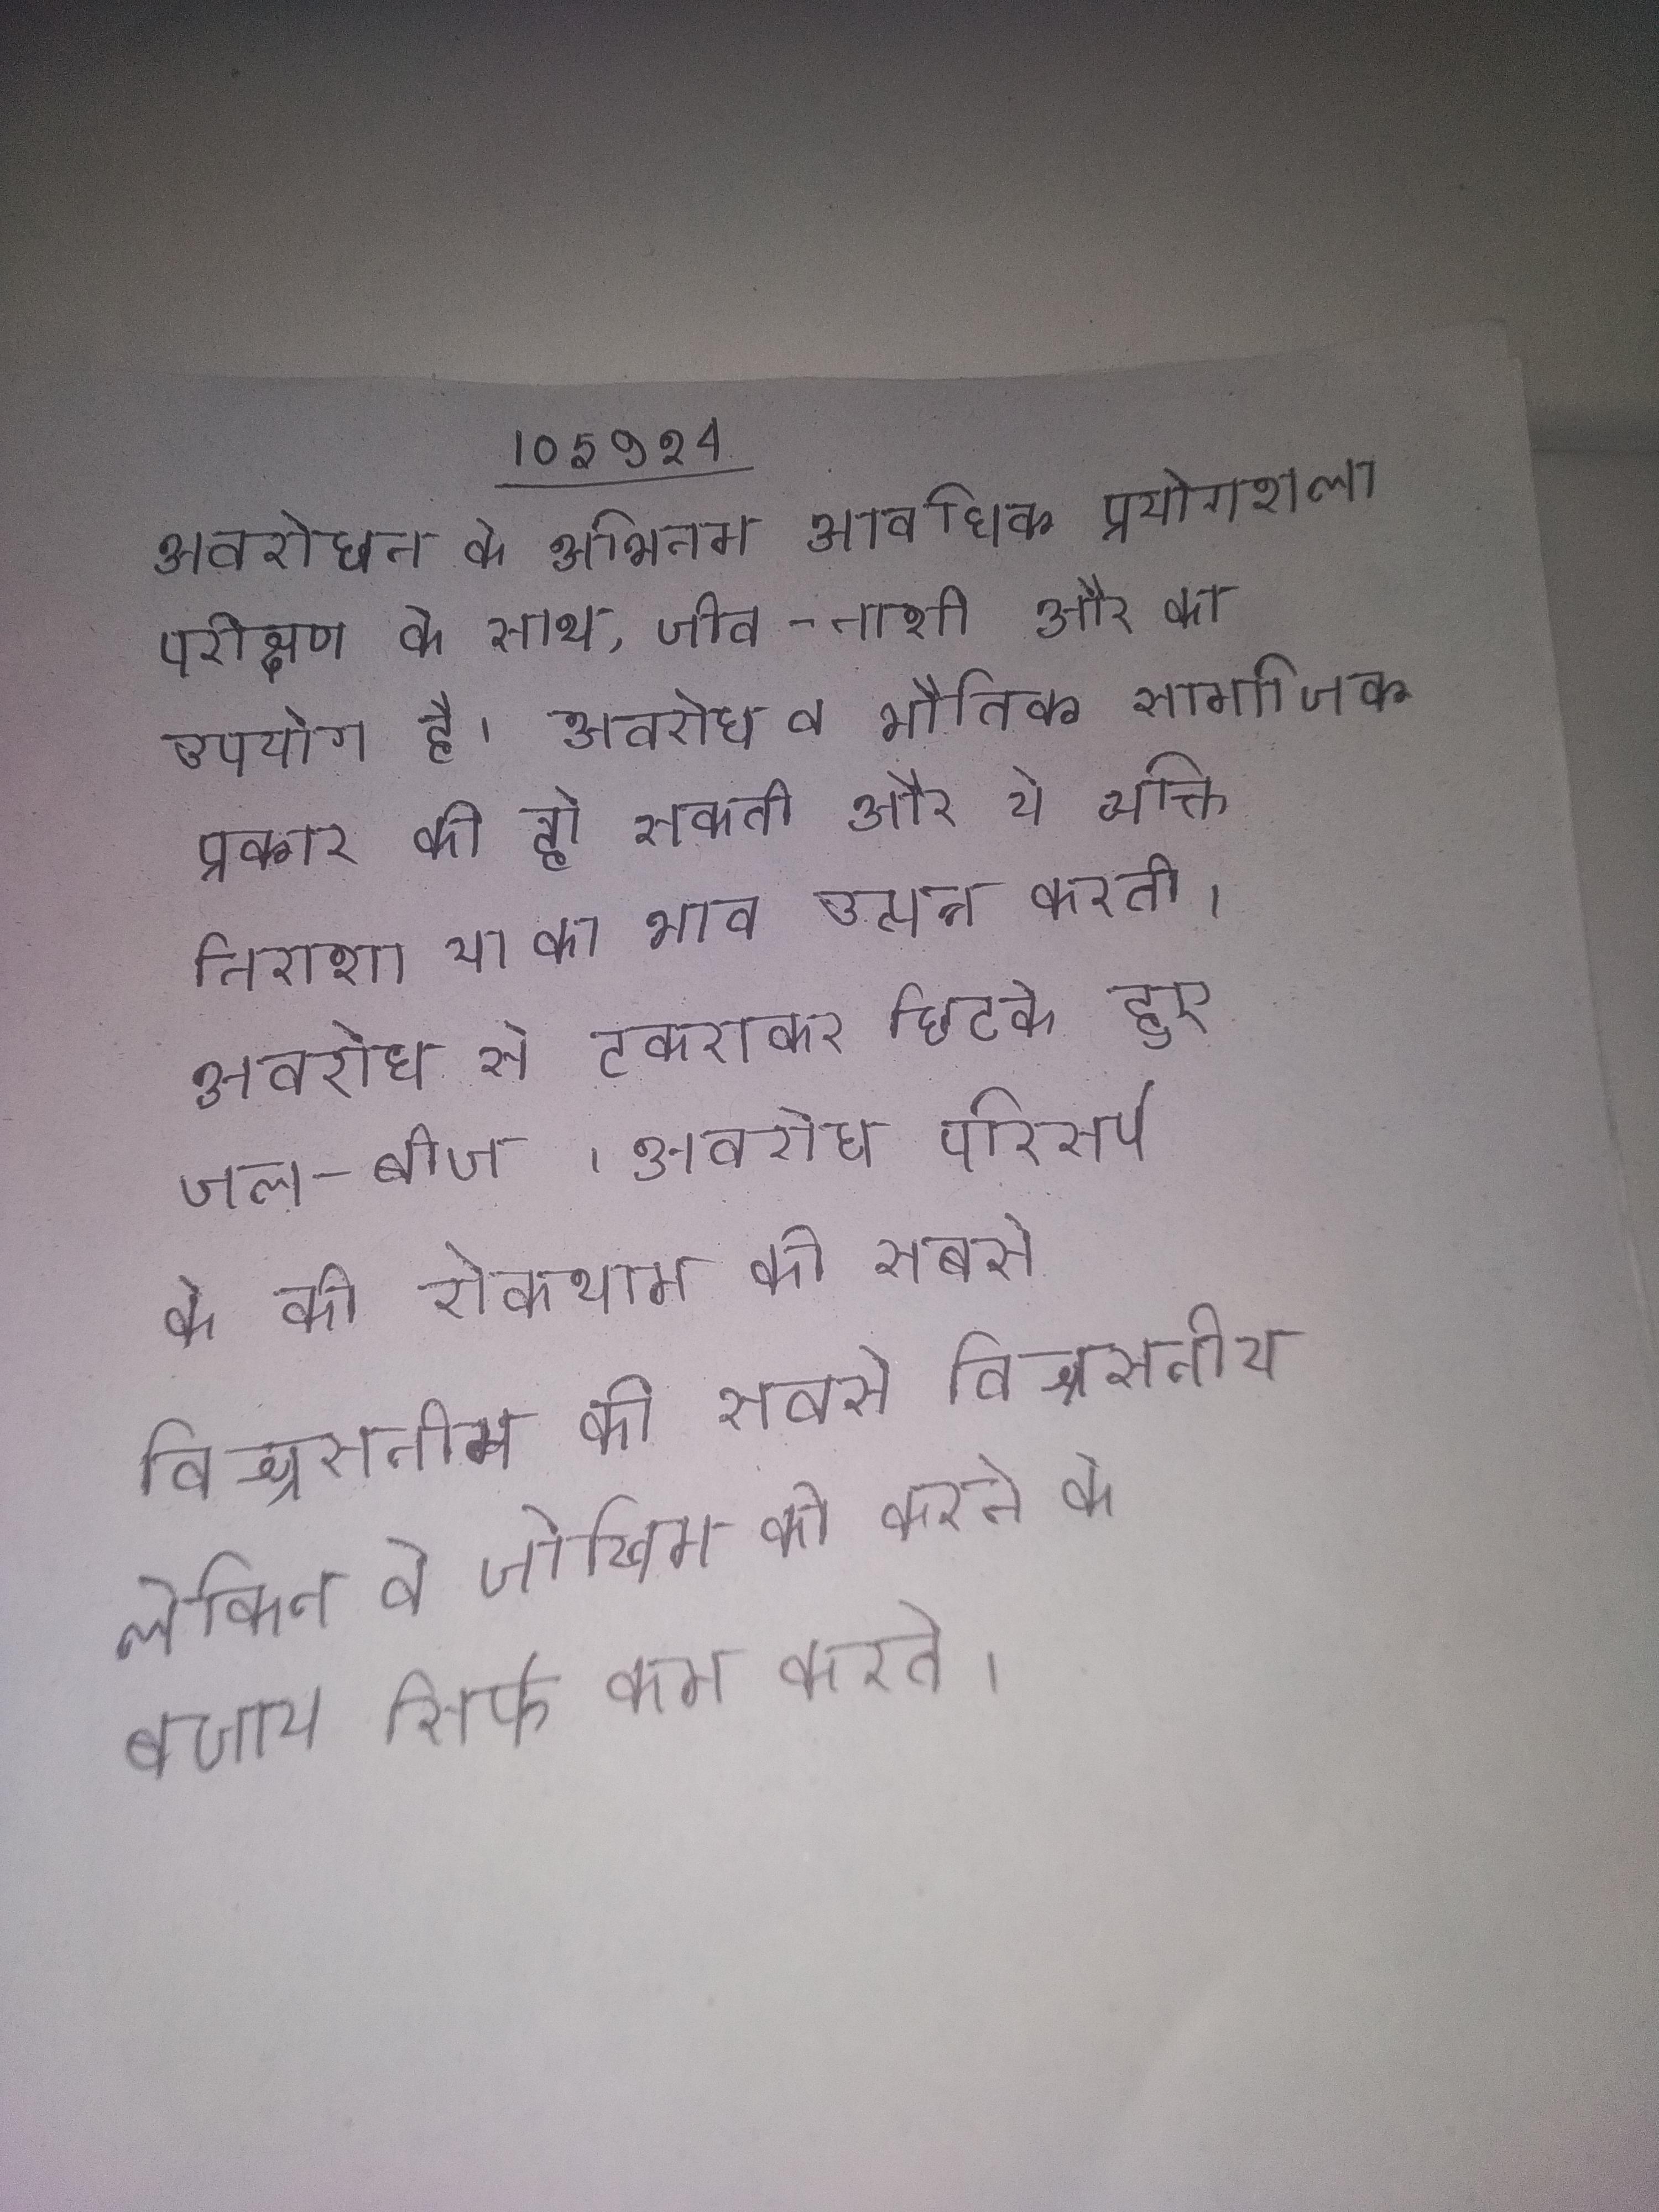
अवरोधन के अभिगम आवधिक प्रयोगशाला परीक्षण के साथ, जीव-नाशी और का उपयोग है । अवरोध व भौतिक सामाजिक प्रकार की हो सकती और ये व्यक्ति निराशा या का भाव उत्पन्न करती । अवरोध से टकराकर छिटके हुए जल-बीज । अवरोध परिसर्प के की रोकथाम की सबसे विश्वसनीय लेकिन वे जोखिम को करने के बजाय सिर्फ कम करते ।